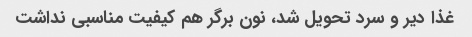
غذا دیر و سرد تحویل شد، نون برگر هم کیفیت مناسبی نداشت